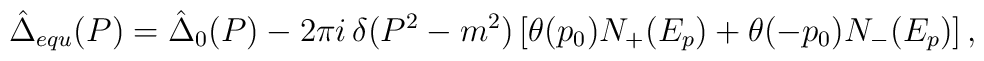
\hat{\Delta}_{equ} (P) = \hat{\Delta}_0 (P) - 2 \pi i \, \delta (P^2 - m^2) \left[ \theta (p_0) N_+ (E_p) + \theta (- p_0) N_- (E_p) \right] ,